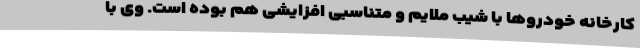
کارخانه خودروها با شیب ملایم و متناسبی افزایشی هم بوده است. وی با